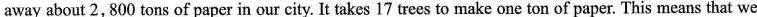
away about 2,800 tons of paper in our city. It takes 17 trees to make one ton of paper. This means that we